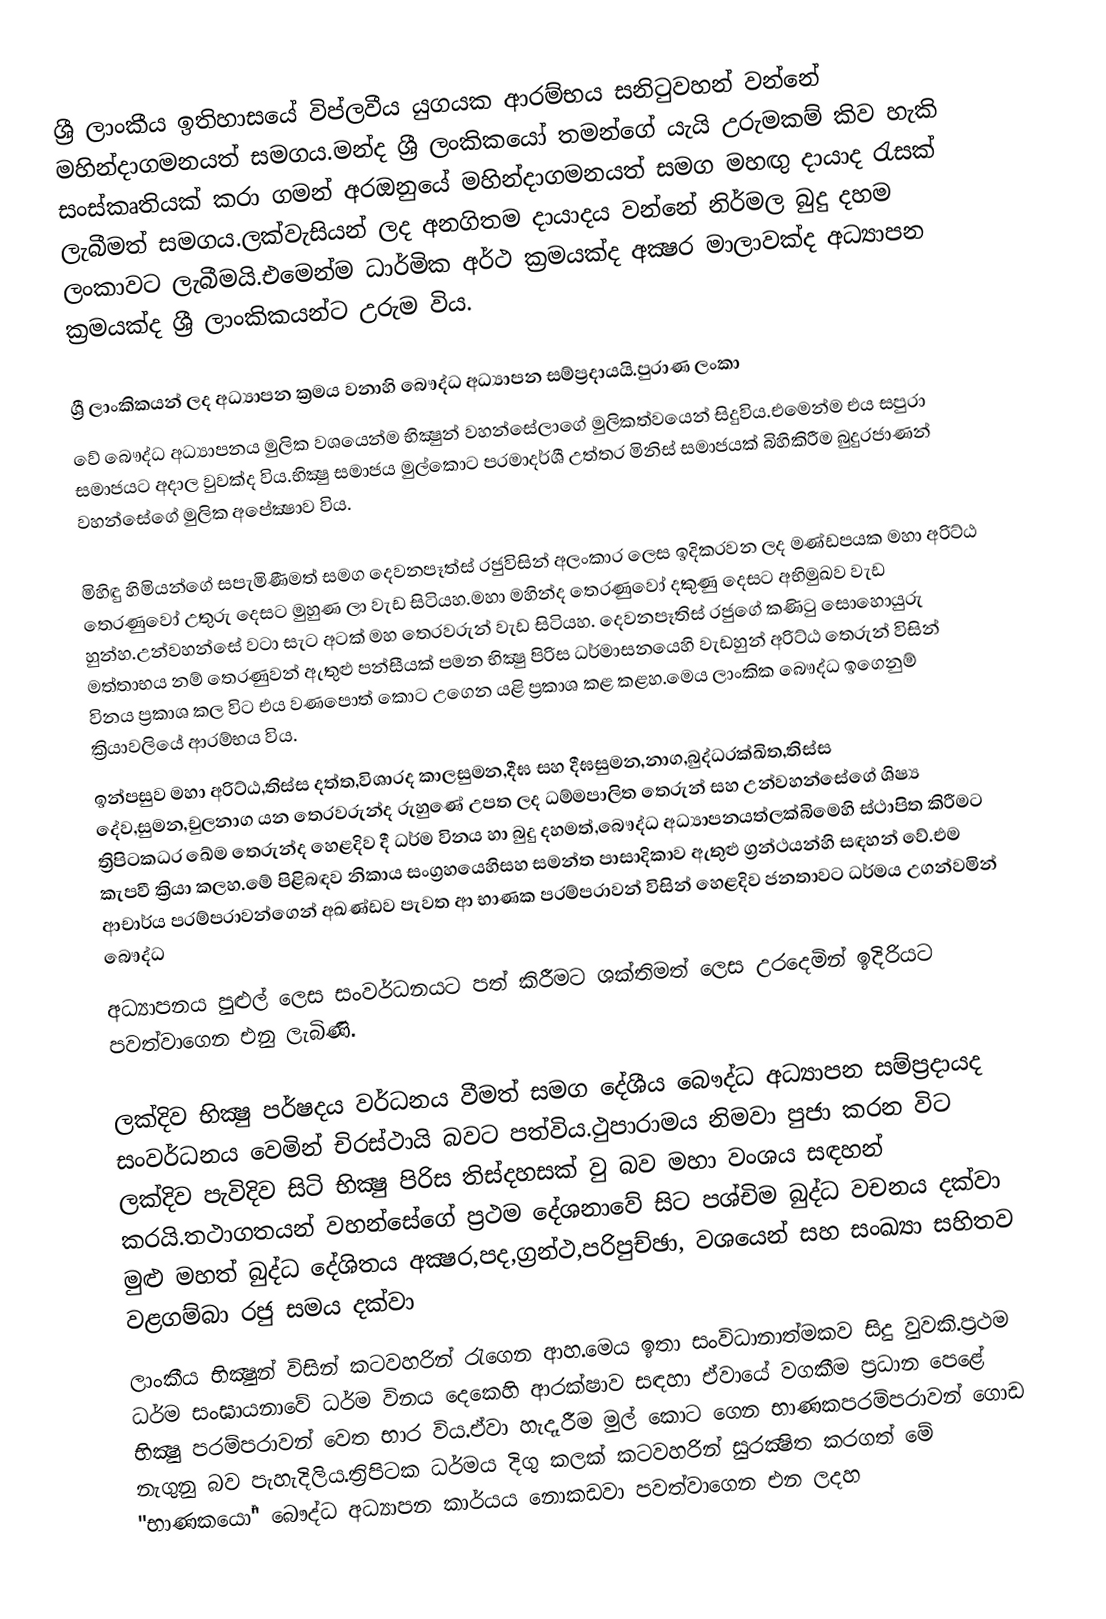
ශ්‍රී ලාංකීය ඉතිහාසයේ විප්ලවීය යුගයක ආරම්භය සනිටුවහන් වන්නේ මහින්දාගමනයත් සමගය.මන්ද ශ්‍රී ලංකිකයෝ තමන්ගේ යැයි උරුමකම් කිව හැකි සංස්කෘතියක් කරා ගමන් අරඔනුයේ මහින්දාගමනයත් සමග මහඟු දායාද රැසක් ලැබීමත් සමගය.ලක්වැසියන් ලද අනගිතම දායාදය වන්නේ නිර්මල බුදු දහම ලංකාවට ලැබීමයි.එමෙන්ම ධාර්මික අර්ථ ක්‍රමයක්ද අක්‍ෂර මාලාවක්ද අධ්‍යාපන ක්‍රමයක්ද ශ්‍රී ලාංකිකයන්ට උරුම විය.

ශ්‍රී ලාංකිකයන් ලද අධ්‍යාපන ක්‍රමය වනාහි බෞද්ධ අධ්‍යාපන සම්ප්‍රදායයි.පුරාණ ලංකා
වේ බෞද්ධ අධ්‍යාපනය මුලික වශයෙන්ම භික්‍ෂුන් වහන්සේලාගේ මුලිකත්වයෙන් සිදුවිය.එමෙන්ම එය සපුරා සමාජයට අදාල වුවක්ද විය.භික්‍ෂු සමාජය මුල්කොට පරමාදර්ශී උත්තර මිනිස් සමාජයක් බිහිකිරීම බුදුරජාණන් වහන්සේගේ මුලික අපේක්‍ෂාව විය.

මිහිඳු හිමියන්ගේ සපැමිණීමත් සමග දෙවනපෑත්ස් රජුවිසින් අලංකාර ලෙස ඉදිකරවන ලද මණ්ඩපයක මහා අරිට්ඨ තෙරණුවෝ උතුරු දෙසට මුහුණ ලා වැඩ සිටියහ.මහා මහින්ද තෙරණුවෝ දකුණු දෙසට අභිමුඛව වැඩ හුන්හ.උන්වහන්සේ වටා සැට අටක් මහ තෙරවරුන් වැඩ සිටියහ. දෙවනපෑතිස් රජුගේ කණිටු සොහොයුරු මත්තාභය නම් තෙරණුවන් ඇතුළු පන්සීයක් පමන භික්‍ෂු පිරිස ධර්මාසනයෙහි වැඩහුන් අරිට්ඨ ‍තෙරුන් විසින් විනය ප්‍රකාශ කල විට එය වණපොත් කොට උගෙන යළි ප්‍රකාශ කළ කළහ.මෙය ලාංකික බෞද්ධ ඉගෙනුම් ක්‍රියාවලියේ ආරම්භය විය.
ඉන්පසුව මහා අරිට්ඨ,තිස්ස දත්ත,විශාරද කාලසුමන,දීඝ සහ දීඝසුමන,නාග,බුද්ධරක්‍ඛිත,තිස්ස දේව,සුමන,චුලනාග යන තෙරවරුන්ද රුහුණේ උපත ලද ධම්මපාලිත තෙරුන් සහ උන්වහන්සේගේ ශිෂ්‍ය ත්‍රිපිටකධර ඛේම තෙරුන්ද හෙළදිව දී ධර්ම විනය හා බුදු දහමත්,‍බෞද්ධ අධ්‍යාපනයත්ලක්බිමෙහි ස්ථාපිත කිරීමට කැපවී ක්‍රියා කලහ.මේ පිළිබඳව නිකාය සංග්‍රහයෙහිසහ සමන්ත පාසාදිකාව ඇතුළු ග්‍රන්ථයන්හි සඳහන් වේ.එම ආචාර්ය පරම්පරාවන්ගෙන් අඛණ්ඩව පැවත ආ භාණක පරම්පරාවන් විසින් හෙළදිව ජනතාවට ධර්මය උගන්වමින් බෞද්ධ
අධ්‍යාපනය පුළුල් ලෙස සංවර්ධනයට පත් කිරීමට ශක්තිමත් ලෙස උරදෙමින් ඉදිරියට පවත්වාගෙන එනු ලැබිණි.

ලක්දිව භික්‍ෂු පර්ෂදය වර්ධනය වීමත් සමග දේශීය ‍බෞද්ධ අධ්‍යාපන සම්ප්‍රදායද සංවර්ධනය වෙමින් චිරස්ථායි බවට පත්විය.ථුපාරාමය නිමවා පුජා කරන විට ලක්දිව පැවිදිව සිටි භික්‍ෂු පිරිස තිස්දහසක් වු බව මහා වංශය සඳහන් කරයි.තථාගතයන් වහන්සේගේ ප්‍රථම දේශනාවේ සිට පශ්චිම බුද්ධ වචනය දක්වා මුළු මහත් බුද්ධ දේශිතය අක්‍ෂර,පද,ග්‍රන්ථ,පරිපුච්ඡා, වශයෙන් සහ සංඛ්‍යා සහිතව වළගම්බා රජු සමය දක්වා
ලාංකීය භික්‍ෂුන් විසින් කටවහරින් රැගෙන ආහ.මෙය ඉතා සංවිධානාත්මකව සිදු වුවකි.ප්‍රථම ධර්ම සංඝායනාවේ ධර්ම විනය දෙකෙහි ආරක්ෂාව සඳහා ඒවායේ වගකීම ප්‍රධාන පෙළේ භික්‍ෂු පරම්පරාවන් වෙත භාර විය.ඒවා හැදෑරීම මුල් කොට ගෙන භාණකපරම්පරාවන් ගොඩ නැගුනු බව පැහැදිලිය.ත්‍රිපිටක ධර්මය දිගු කලක් කටවහරින් සුරක්‍ෂිත කරගත් මේ "භාණකයෝ" බෞද්ධ අධ්‍යාපන කාර්යය නොකඩවා පවත්වාගෙන එන ලදහ